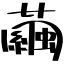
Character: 繭